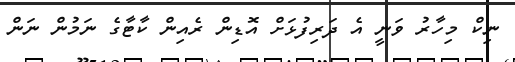
ނިކް މިހާރު ވަނީ އެ ދަރިފުޅަށް އޮޑިން ރެއިން ކާޓާގެ ނަމުން ނަން